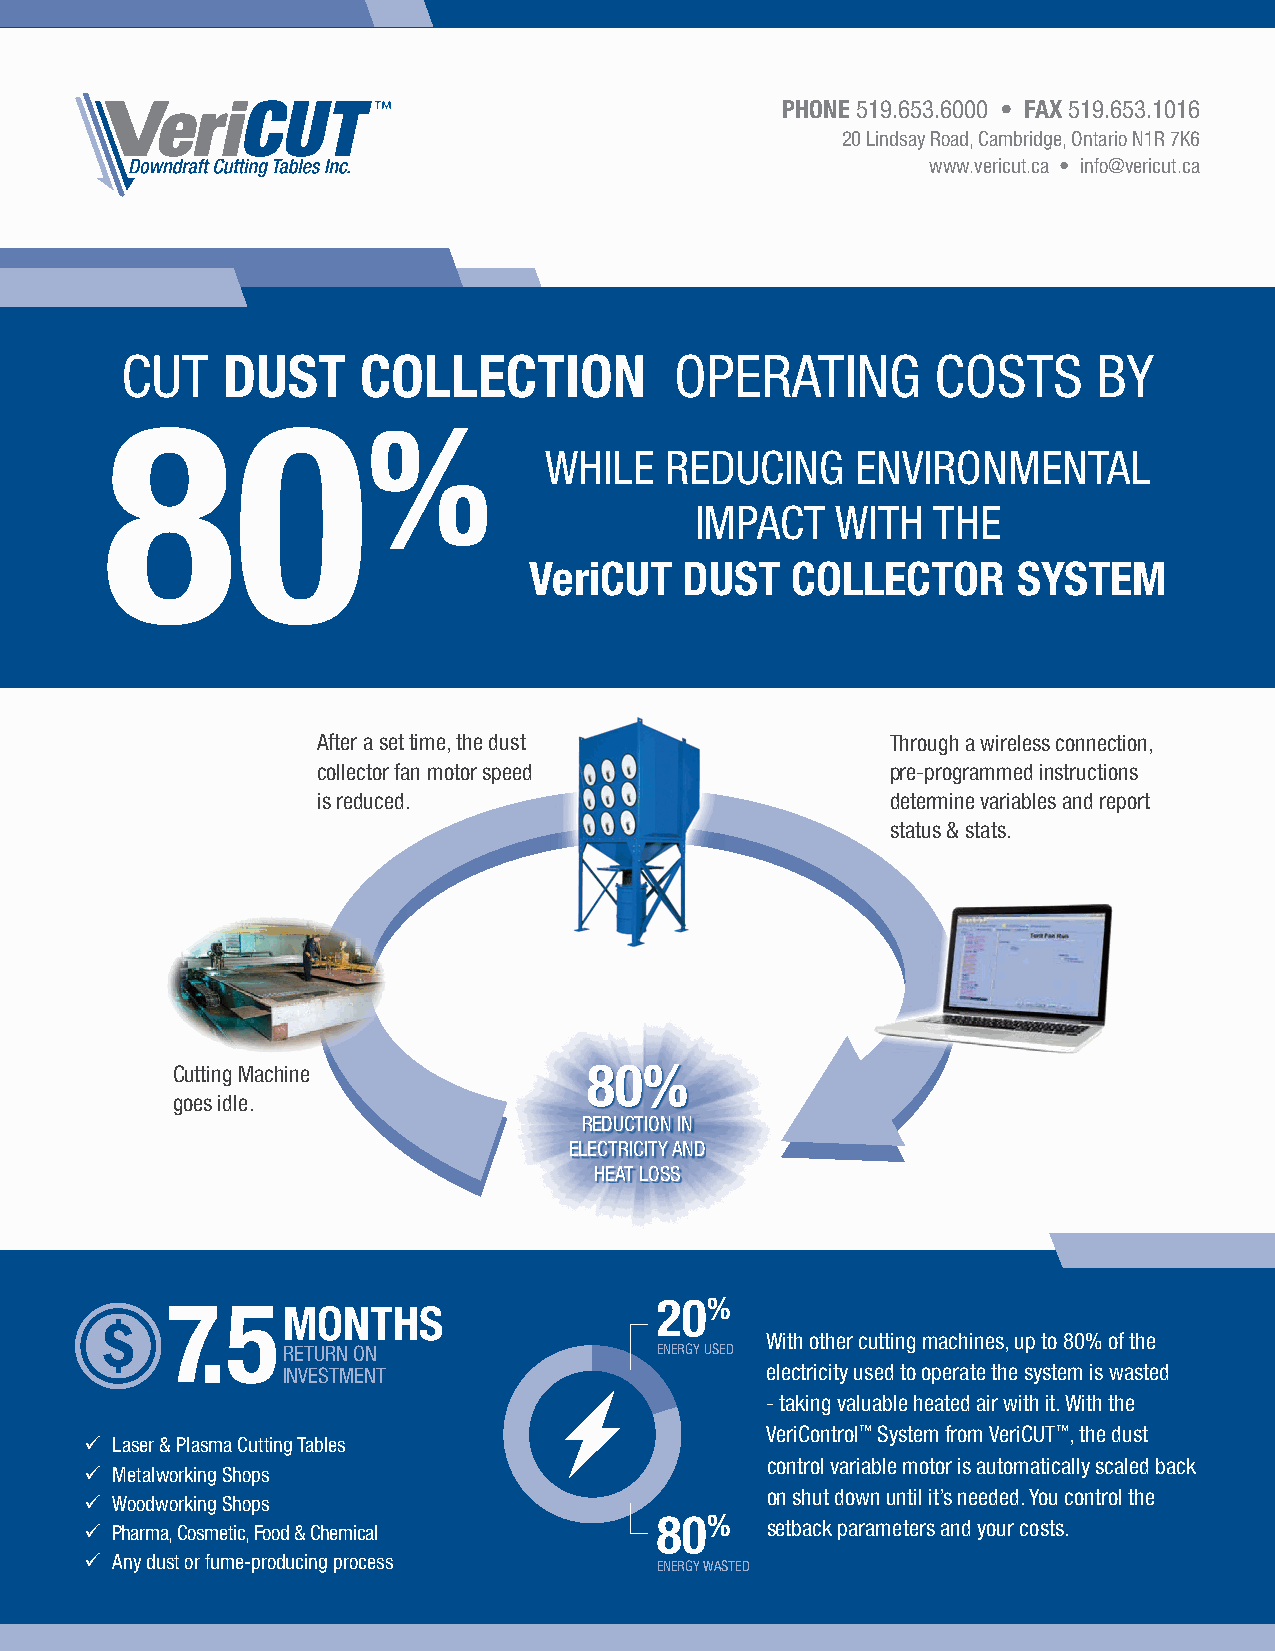
PHONE 519.653.6000 • FAX 519.653.1016
 20 Lindsay Road, Cambridge, Ontario N1R 7K6
 www.vericut.ca • info@vericut.ca
 CUT    DUST     COLLECTION           OPERATING        COSTS      BY
 80
 %
 WHILE   REDUCING     ENVIRONMENTAL
 IMPACT   WITH   THE
 VeriCUT   DUST   COLLECTOR      SYSTEM
 After a set time, the dust            Through a wireless connection,
 collector fan motor speed             pre-programmed instructions
 is reduced.                           determine variables and report
 status & stats.
 Cutting Machine             80%
 goes idle.
 REDUCTION IN
 ELECTRICITY AND
 HEAT LOSS
 7.5                             20%
 MONTHS
 With other cutting machines, up to 80% of the
 RETURN ON               ENERGY USED
 INVESTMENT                      electricity used to operate the system is wasted
 - taking valuable heated air with it. With the
 VeriControl™ System from VeriCUT™, the dust
 9 Laser & Plasma Cutting Tables
 control variable motor is automatically scaled back
 9 Metalworking Shops
 on shut down until it’s needed. You control the
 9 Woodworking Shops
 9 Pharma, Cosmetic, Food & Chemical  80%     setback parameters and your costs.
 9 Any dust or fume-producing process
 ENERGY WASTED